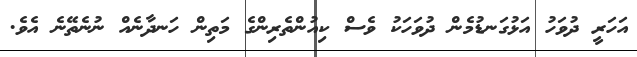
އަހަރީ ދުވަހު އަޅުގަނޑުމެން ދުވަހަކު ވެސް ކިއުންތެރިންގެ މަތިން ހަނދާނެއް ނުނެތޭނެ އެވެ.